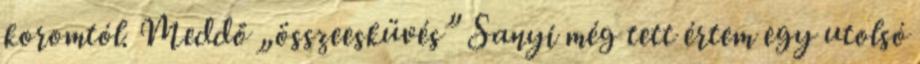
koromtól. Meddő „összeesküvés” Sanyi még tett értem egy utolsó